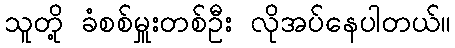
သူတို့ ခံစစ်မှူးတစ်ဦး လိုအပ်နေပါတယ်။